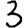
Digit: 3